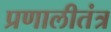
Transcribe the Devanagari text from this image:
प्रणालीतंत्र